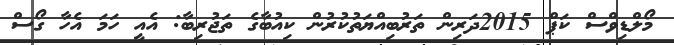
މޯލްޑިވްސް ކަޕް 2015ދަރިން ތަރުބިއްޔަތުކުރުން ކިއުބާގެ ތަޖުރިބާ: އެއީ ހަމަ އެހާ ގޯސް